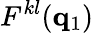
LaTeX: F^{kl}(\mathbf{q}_{1})